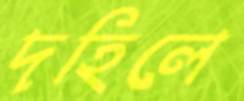
দহিলে